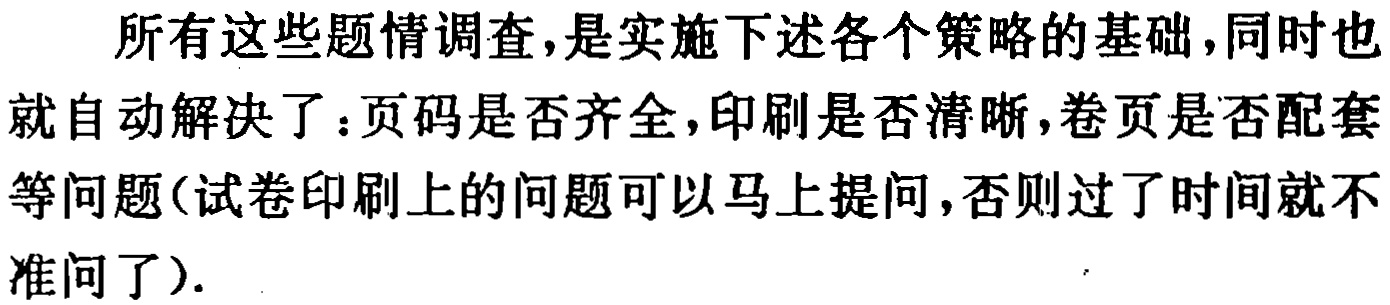
所有这些题情调查,是实施下述各个策略的基础,同时也就自动解决了：页码是否齐全,印刷是否清晰,卷页是否配套等问题(试卷印刷上的问题可以马上提问,否则过了时间就不准问了).